Vaccination in the Punjab 1867-1880 - 1867-1880
Year: 1867
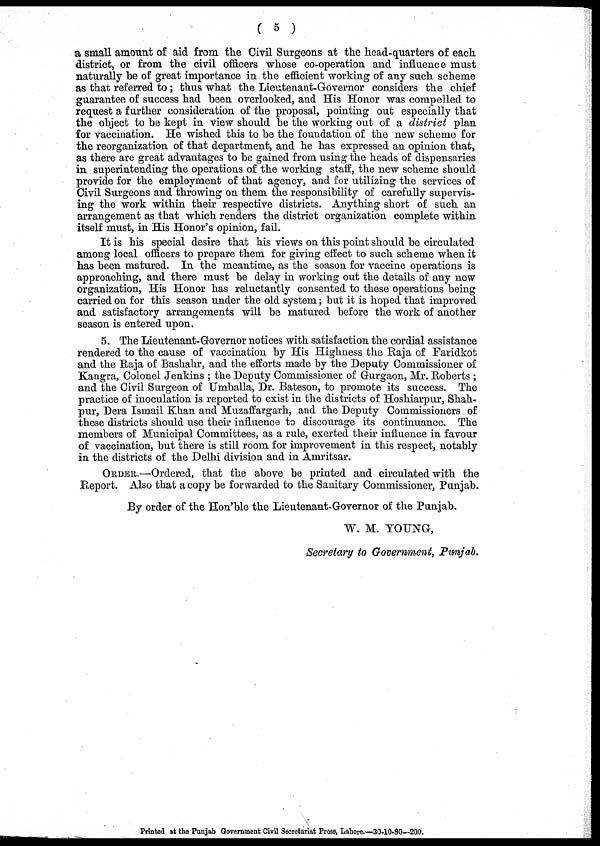
( 5 )
a small amount of aid from the Civil Surgeons at the head-quarters of each
district, or from the civil officers whose co-operation and influence must
naturally he of great importance in the efficient working of any such scheme
as that referred to; thus what the Lieutenant-Governor considers the chief
guarantee of success had been overlooked, and His Honor was compelled to
request a further consideration of the proposal, pointing out especially that
the object to be kept in view should be the working out of a district plan
for vaccination. He wished this to be the foundation of the new scheme for
the reorganization of that department, and he has expressed an opinion that,
as there are great advantages to be gained from using the heads of dispensaries
in superintending the operations of the working staff, the new scheme should
provide for the employment of that agency, and for utilizing the services of
Civil Surgeons and throwing on them the responsibility of carefully supervis-
ing the work within their respective districts. Anything short of such an
arrangement as that which renders the district organization complete within
itself must, in His Honor's opinion, fail.
It is his special desire that his views on this point should be circulated
among local officers to prepare them for giving effect to such scheme when it
has been matured. In the meantime, as the season for vaccine operations is
approaching, and there must be delay in working out the details of any new
organization, His Honor has reluctantly consented to these operations being
carried on for this season under the old system; but it is hoped that improved
and satisfactory arrangements will be matured before the work of another
season is entered upon.
5. The Lieutenant-Governor notices with satisfaction the cordial assistance
rendered to the cause of vaccination by His Highness the Raja of Faridkot
and the Raja of Bashahr, and the efforts made by the Deputy Commissioner of
Kangra, Colonel Jenkins ; the Deputy Commissioner of Gurgaon, Mr. Roberts ;
and the Civil Surgeon of Umballa, Dr. Bateson, to promote its success. The
practice of inoculation is reported to exist in the districts of Hoshiarpur, Shah-
pur, Dera Ismail Khan and Muzaffargarh, and the Deputy Commissioners of
these districts should use their influence to discourage its continuance. The
members of Municipal Committees, as a rule, exerted their influence in favour
of vaccination, but there is still room for improvement in this respect, notably
in the districts of the Delhi division and in Amritsar.
ORDER.—Ordered, that the above be printed and circulated with the
Report. Also that a copy be forwarded to the Sanitary Commissioner, Punjab.
By order of the Hon'ble the Lieutenant-Governor of the Punjab.
W. M. YOUNG,
Secretary to Government, Punjab.